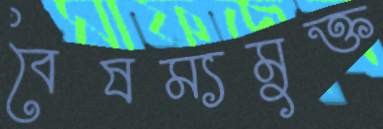
বৈষম্যমুক্ত